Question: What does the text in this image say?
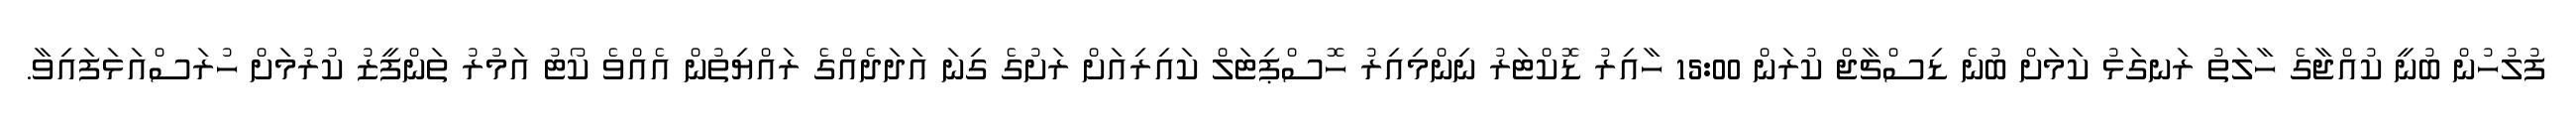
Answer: ފުލުހުން ބުނީ ކުއްޖާގެ ހާލަތު ރަނގަޅު ކަމަށް ބުނެ ޑިސްޗާޖް ކުރަން 15:00 ހާއިރު ޑޮކްޓަރު ނިންމިއިރު ހޮސްޕިޓަލް ކައިރިއަށް ރަށުގެ ގިނަ އަދަދެއްގެ ރައްޔިތުން އެއްވެ ކޯޓު އަމުރު ތަންފީޒު ކުރުމަށް ހުރަސްއަޅަފައިވާ.